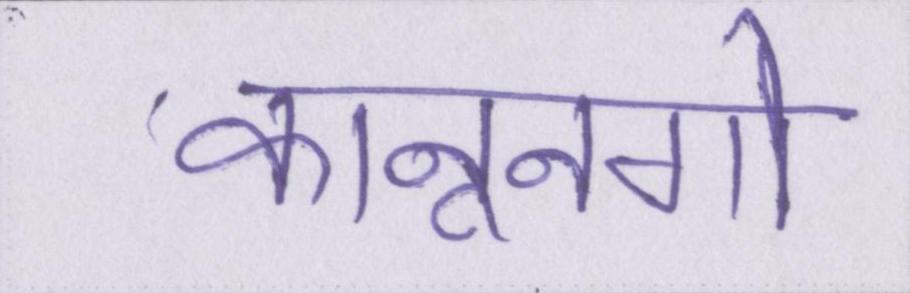
कानूनगो